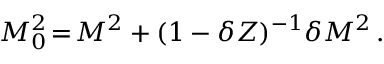
M _ { 0 } ^ { 2 } \! = \! M ^ { 2 } + ( 1 - \delta Z ) ^ { - 1 } \delta M ^ { 2 } \, .